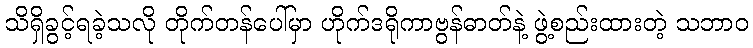
သိရှိခွင့်ရခဲ့သလို တိုက်တန်ပေါ်မှာ ဟိုက်ဒရိုကာဗွန်ဓာတ်နဲ့ ဖွဲ့စည်းထားတဲ့ သဘာဝ